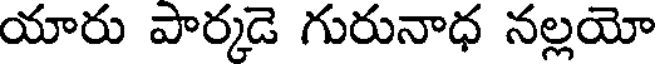
యారు పార్కడె గురునాధ నల్లయో